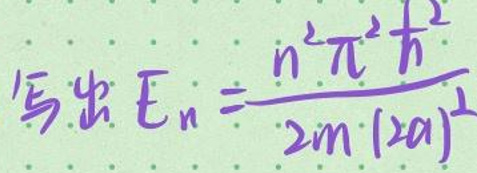
写出 \(E_n=\frac{n^2\pi^2\hbar^2}{2m(2a)^2}\)